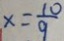
x = \frac { 1 0 } { 9 }